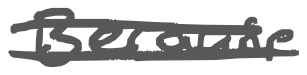
Text: Because
Cross-out: double-line
Writing tool: digital_gray